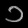
Digit: ၁